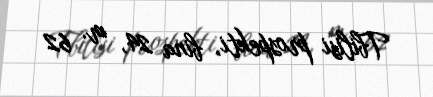
Tbilisi prospekti, bina 24, m. 62